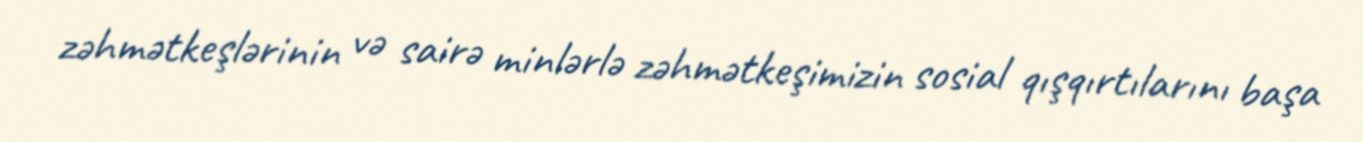
zəhmətkeşlərinin və sairə minlərlə zəhmətkeşimizin sosial qışqırtılarını başa